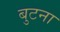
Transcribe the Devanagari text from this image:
बुटना